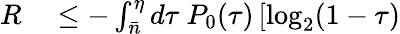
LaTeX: \begin{array}{rl}{R}&{{}\leq-\int_{\bar{n}}^{\eta}d\tau~P_{0}(\tau)\left[\log_{2}(1-\tau)\right.}\end{array}